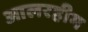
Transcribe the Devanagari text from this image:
आलरहीम